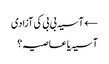
← آسیہ بی بی کی آزادی
آسیہ یا عاصیہ؟